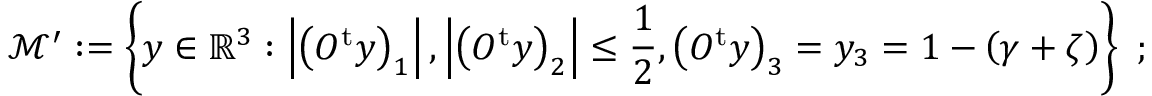
\mathcal { M } ^ { \prime } : \mathcal { = } \left\{ y \in \mathbb { R } ^ { 3 } : \left\vert \left( O ^ { \mathrm { t } } y \right) _ { 1 } \right\vert , \left\vert \left( O ^ { \mathrm { t } } y \right) _ { 2 } \right\vert \leq \frac { 1 } { 2 } , \left( O ^ { \mathrm { t } } y \right) _ { 3 } = y _ { 3 } = 1 - \left( \gamma + \zeta \right) \right\} \ ;